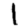
Digit: 1